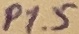
Text: P1.5